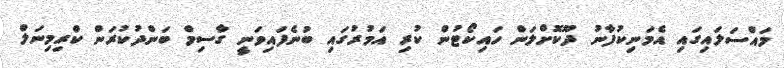
މައްސަލަައިގައި އެމަނިކުފާނު ދޫކޮށްލަން ހައިކޯޓުން ކުރި އަމުރުގައި ބުނެފައިވަނީ ގާސިމް ބަންދުކުރަން ކްރިމިނަލް